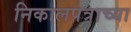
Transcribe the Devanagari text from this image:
निकालपत्राच्या